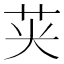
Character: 𮎦